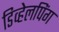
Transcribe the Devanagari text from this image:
डिव्हेलपिंग